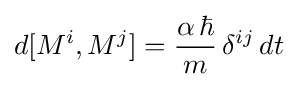
d[M^{i},M^{j}]={\frac {\alpha \,\hbar }{m}}\,\delta ^{ij}\,dt